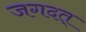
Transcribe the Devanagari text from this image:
जगदत्